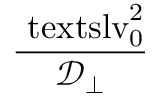
\displaystyle \frac { \ensuremath { \mathrm { \ t e x t s l { v } } _ { 0 } } ^ { 2 } } { \ensuremath { \mathcal { D } _ { \perp } } }